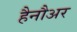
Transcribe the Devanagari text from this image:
हैनौअर